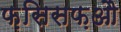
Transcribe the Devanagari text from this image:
फ़सिसफ़औ